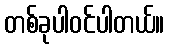
တစ်ခုပါဝင်ပါတယ်။